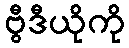
ဗွီဒီယိုကို